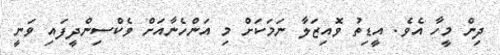
ދިން މީހާ އެވެ. އީޑިތު ވޮއިޒަލާ ނަމަކަށް މި އަންހެނާއަށް ވެކްސިންދީފައި ވަނީ